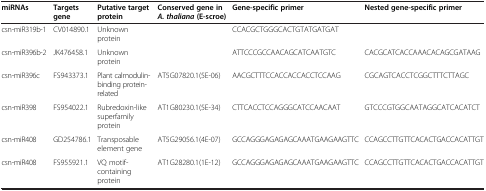
<table><thead><tr><td><b>miRNAs</b></td><td><b>Targets gene</b></td><td><b>Putative target protein</b></td><td><b>Conserved gene in<i>A. thaliana</i>(E-scroe)</b></td><td><b>Gene-specific primer</b></td><td><b>Nested gene-specific primer</b></td></tr></thead><tbody><tr><td>csn-miR319b-1</td><td>CV014890.1</td><td>Unknown protein</td><td></td><td>CCACGCTGGGCACTGTATGATGAT</td><td></td></tr><tr><td>csn-miR396b-2</td><td>JK476458.1</td><td>Unknown protein</td><td></td><td>ATTCCCGCCAACAGCATCAATGTC</td><td>CACGCATCACCAAACACAGCGATAAG</td></tr><tr><td>csn-miR396c</td><td>FS943373.1</td><td>Plant calmodulin-binding protein-related</td><td>AT5G07820.1(5E-06)</td><td>AACGCTTTCCACCACCACCTCCAAG</td><td>CGCAGTCACCTCGGCTTTCTTAGC</td></tr><tr><td>csn-miR398</td><td>FS954022.1</td><td>Rubredoxin-like superfamily protein</td><td>AT1G80230.1(5E-34)</td><td>CTTCACCTCCAGGGCATCCAACAAT</td><td>GTCCCGTGGCAATAGGCATCACATCT</td></tr><tr><td>csn-miR408</td><td>GD254786.1</td><td>Transposable element gene</td><td>AT5G29056.1(4E-07)</td><td>GCCAGGGAGAGAGCAAATGAAGAAGTTC</td><td>CCAGCCTTGTTCACACTGACCACATTGT</td></tr><tr><td>csn-miR408</td><td>FS955921.1</td><td>VQ motif-containing protein</td><td>AT1G28280.1(1E-12)</td><td>GCCAGGGAGAGAGCAAATGAAGAAGTTC</td><td>CCAGCCTTGTTCACACTGACCACATTGT</td></tr></tbody></table>